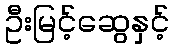
ဦးမြင့်ဆွေနှင့်